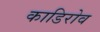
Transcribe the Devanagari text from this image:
काडिरोव